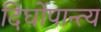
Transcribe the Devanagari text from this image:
दिर्घोपान्त्य